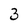
Character: 3